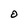
Character: O